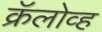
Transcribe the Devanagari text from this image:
क्रॅलोव्ह